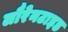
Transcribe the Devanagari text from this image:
लौरेनटाइड